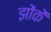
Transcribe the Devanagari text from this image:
झोंकें